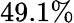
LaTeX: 49.1\%